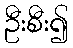
ဦးစီး၍